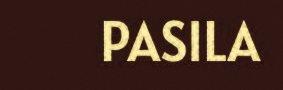
PASILA